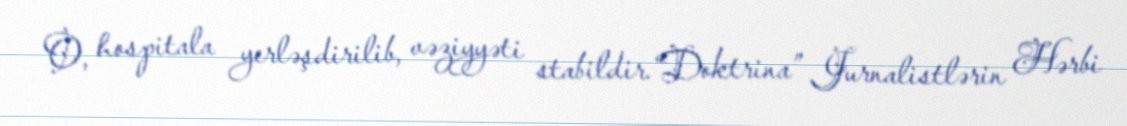
O, hospitala yerləşdirilib, vəziyyəti stabildir.“Doktrina” Jurnalistlərin Hərbi